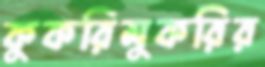
কুকরিমুকরির